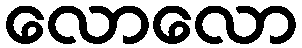
လောလော